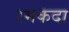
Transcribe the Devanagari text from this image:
रमकंदा